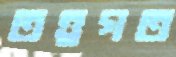
তত্ত্বগত